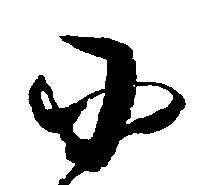
小